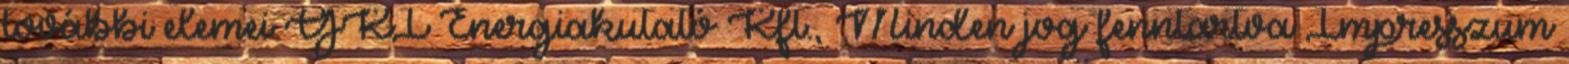
további elemei GKI Energiakutató Kft., Minden jog fenntartva Impresszum